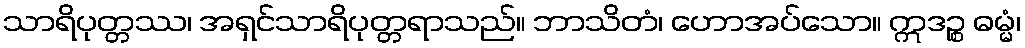
သာရိပုတ္တဿ၊ အရှင်သာရိပုတ္တရာသည်။ ဘာသိတံ၊ ဟောအပ်သော။ ဣဒဉ္စ ဓမ္မံ၊